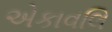
એકાવલિ